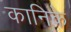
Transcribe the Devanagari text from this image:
कानिके